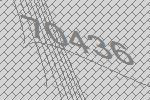
70436